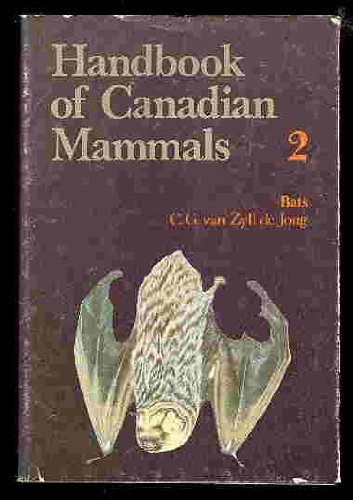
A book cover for Bats (Handbooks of Canadian Mammals) (Vol 2); Van Zyll De Jong C G; Sports & Outdoors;